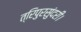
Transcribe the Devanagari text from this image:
त्रिपुरसुंदरी।